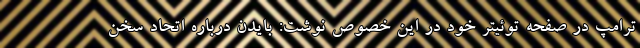
ترامپ در صفحه توئیتر خود در این خصوص نوشت: بایدن درباره اتحاد سخن